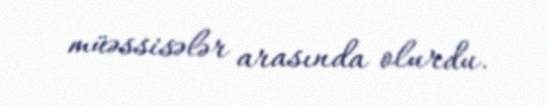
müəssisələr arasında olurdu.